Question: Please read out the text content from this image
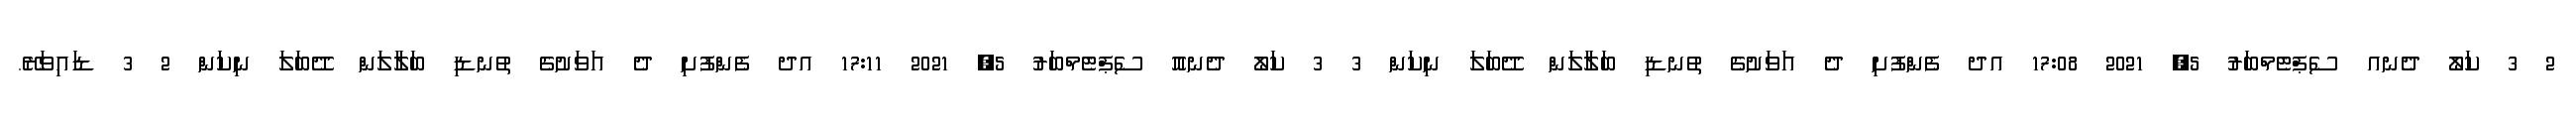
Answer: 2 3 ކަލޯ ދެނއ ސެޕްޓެމްބަރު 5, 2021 17:08 އދ ފެންފުށި ދެ އަވަށުގެ ތުނޑި ބަލާލަން ދޭބަލަ ނިކަން 3 3 ކަލޯ ދެނއޮ ސެޕްޓެމްބަރު 5, 2021 17:11 އދ ފެންފުށި ދެ އަވަށުގެ ތުނޑި ބަލާލަން ދޭބަލަ ނިކަން 2 3 ޑައިވަރޭ.